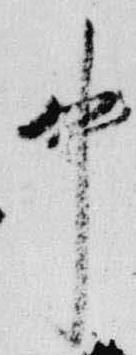
中